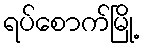
ရပ်စောက်မြို့